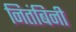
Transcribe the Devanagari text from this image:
नितंबिनी